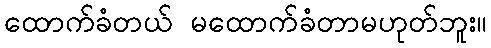
ထောက်ခံတယ် မထောက်ခံတာမဟုတ်ဘူး။